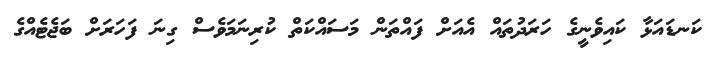
ކަނޑައަޅާ ކައިވެނީގެ ހަރަދުތައް އެއަށް ފައްތަން މަސައްކަތް ކުރިނަމަވެސް ގިނަ ފަހަރަށް ބަޖެޓެއްގެ